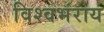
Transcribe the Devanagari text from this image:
विश्वभंराय